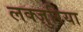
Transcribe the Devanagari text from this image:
लक्ज़ुरिया